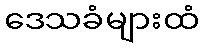
ဒေသခံများထံ